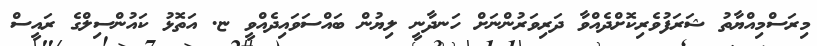
މިރަސްމިއްޔާތު ޝަރަފުވެރިކޮށްދެއްވާ ދަރިވަރުންނަށް ހަނދާނީ ލިޔުން ބައްސަވައިދެއްވީ ޏ. އަތޮޅު ކައުންސިލްގެ ރައީސް